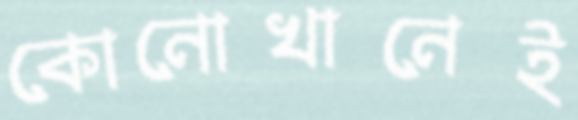
কোনোখানেই